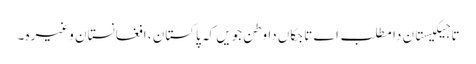
تاجیکیستان دا مطلب اے تاجکاں دا وطن جویں کہ پاکستان ، افغانستان وغیرہ ۔